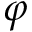
\varphi